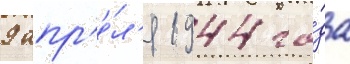
9 апр'е́л'я 1944 го́да